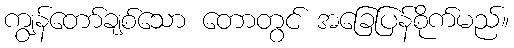
ကျွန်တော်ချစ်သော တောတွင် အခြေပြန်စိုက်မည်။